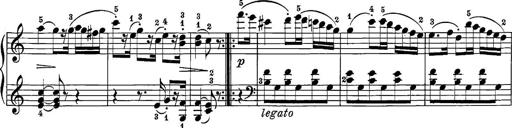
Title: 12 Sonatine per Pianoforte
Composer: Friedrich Kuhlau